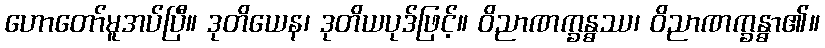
ဟောတော်မူအပ်ပြီ။ ဒုတိယေန၊ ဒုတိယပုဒ်ဖြင့်။ ဝိညာဏက္ခန္ဓဿ၊ ဝိညာဏက္ခန္ဓာ၏။